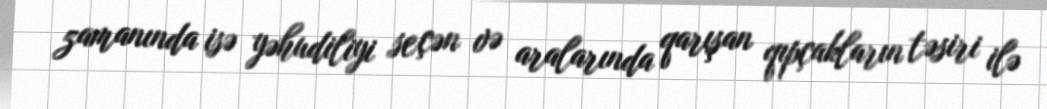
zamanında isə yəhudiliyi seçən və aralarında qarışan qıpçakların təsiri ilə